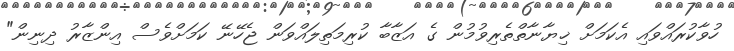
ހުވާކުރައްވައި އެކަމަށް ޚިޔާނާތްތެރިވުމުން ގެ އަޒާބާ ކުރިމަތިލައްވަން ޖެހޭނޭ ކަމަށްވެސް އިންޒާރު ދިނިން"